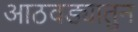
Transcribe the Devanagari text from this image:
आठवड्यातुन